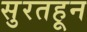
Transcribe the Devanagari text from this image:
सुरतहून